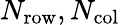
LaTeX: N_{\mathrm{row}},N_{\mathrm{col}}